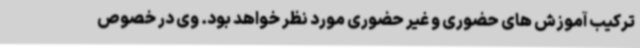
ترکیب آموزش های حضوری و غیر حضوری مورد نظر خواهد بود. وی در خصوص